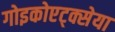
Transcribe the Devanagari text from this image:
गोइकोएट्क्सेया